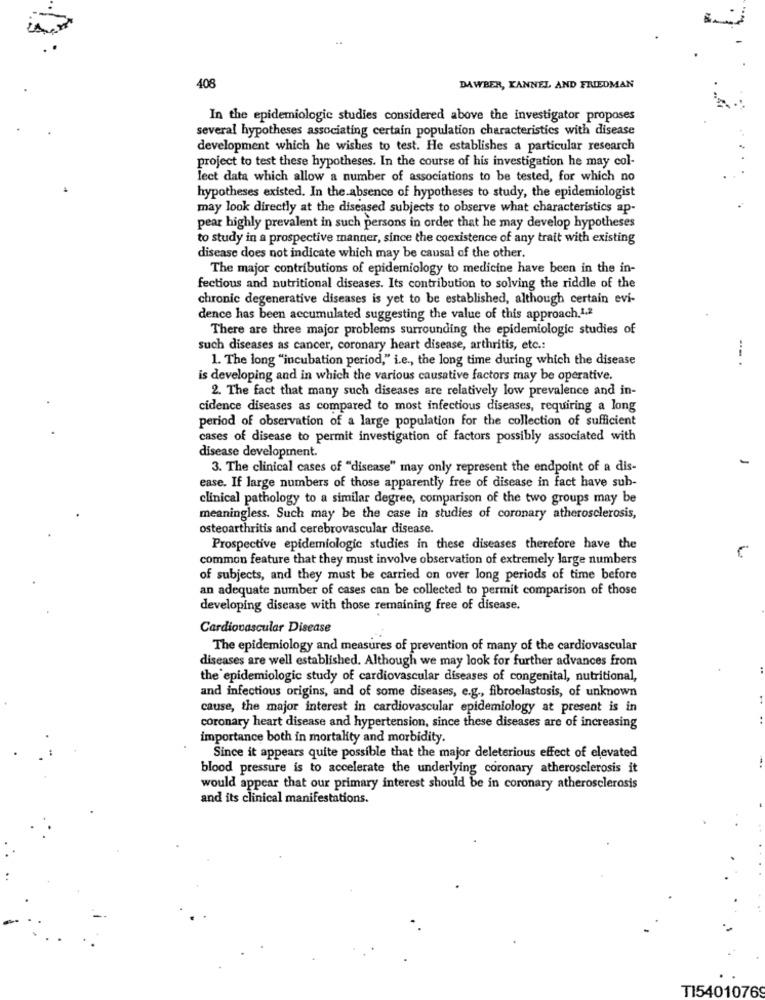
408
DAWBER, KANNEL AND FRIEDMAN
In the epidemiologic studies considered above the investigator proposes
several hypotheses associating certain population characteristics with disease
development which he wishes to test. He establishes a particular research
project to test these hypotheses. In the course of his investigation he may col-
lect data which allow a number of associations to be tested, for which no
hypotheses existed. In the absence of hypotheses to study, the epidemiologist
may look directly at the diseased subjects to observe what characteristics ap-
pear highly prevalent in such persons in order that he may develop hypotheses
to study in a prospective manner, since the coexistence of any trait with existing
disease does not indicate which may be causal of the other.
The major contributions of epidemiology to medicine have been in the in-
fectious and nutritional diseases. Its contribution to solving the riddle of the
chronic degenerative diseases is yet to be established, although certain evi-
dence has been accumulated suggesting the value of this approach.1.2
There are three major problems surrounding the epidemiologic studies of
such diseases as cancer, coronary heart disease, arthritis, etc .:
1. The long "incubation period," i.e ., the long time during which the disease
is developing and in which the various causative factors may be operative.
2. The fact that many such diseases are relatively low prevalence and in-
cidence diseases as compared to most infectious diseases, requiring a long
period of observation of a large population for the collection of sufficient
cases of disease to permit investigation of factors possibly associated with
disease development.
3. The clinical cases of "disease" may only represent the endpoint of a dis-
ease. If large numbers of those apparently free of disease in fact have sub-
clinical pathology to a similar degree, comparison of the two groups may be
meaningless. Such may be the case in studies of coronary atherosclerosis,
osteoarthritis and cerebrovascular disease.
Prospective epidemiologic studies in these diseases therefore have the
common feature that they must involve observation of extremely large numbers
of subjects, and they must be carried on over long periods of time before
an adequate number of cases can be collected to permit comparison of those
developing disease with those remaining free of disease.
Cardiovascular Disease
The epidemiology and measures of prevention of many of the cardiovascular
diseases are well established. Although we may look for further advances from
the epidemiologic study of cardiovascular diseases of congenital, nutritional,
and infectious origins, and of some diseases, e.g ., fibroelastosis, of unknown
cause, the major interest in cardiovascular epidemiology at present is in
coronary heart disease and hypertension, since these diseases are of increasing
importance both in mortality and morbidity.
Since it appears quite possible that the major deleterious effect of elevated
blood pressure is to accelerate the underlying coronary atherosclerosis it
would appear that our primary interest should be in coronary atherosclerosis
and its clinical manifestations.
TI5401076